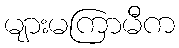
များမကြာမီက